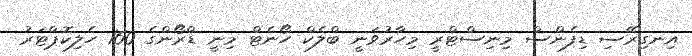
އިނގިރޭސި ޑިފެންސް މިނިސްޓްރީ މިހާރުވަނީ ބްލެކް ހޯނެޓް މިނީ ޑްރޯންގެ 160 ހެލިކޮޕްޓަރު